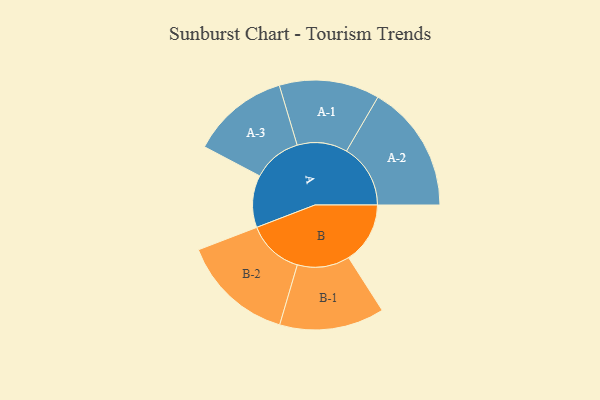
{"axis": {"x": "Segment", "y": "Value"}, "legend": ["", "A", "B"], "data": [{"x": "A", "y": 231, "type": ""}, {"x": "B", "y": 272, "type": ""}, {"x": "A-1", "y": 222, "type": "A"}, {"x": "A-2", "y": 283, "type": "A"}, {"x": "A-3", "y": 216, "type": "A"}, {"x": "B-1", "y": 232, "type": "B"}, {"x": "B-2", "y": 249, "type": "B"}]}